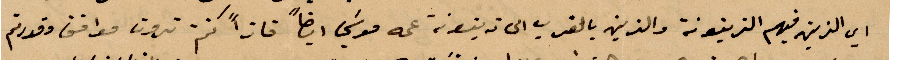
أي الذين فيهم الزيتونة والذين بالقرب الى زيتونة عمه موسي ايضًا فاذًا كنتم ترون موافق وقدرتم